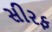
સીરફ